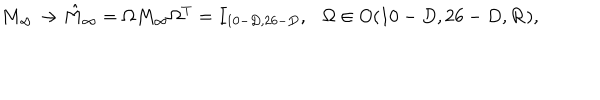
M _ { \infty } \to \hat { M } _ { \infty } = \Omega M _ { \infty } \Omega ^ { T } = I _ { 1 0 - D , 2 6 - D } , \ \ \ \Omega \in O ( 1 0 - D , 2 6 - D , { \bf R } ) ,